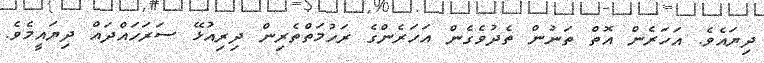
ދިޔައެވެ. އަހަރެން އޮތް ތަނުން ތެދުވެގެން އަހަރެންގެ ރަހުމަތްތެރިން ދިރިއުޅޭ ސަރަހައްދައް ދިޔައީމެވެ.